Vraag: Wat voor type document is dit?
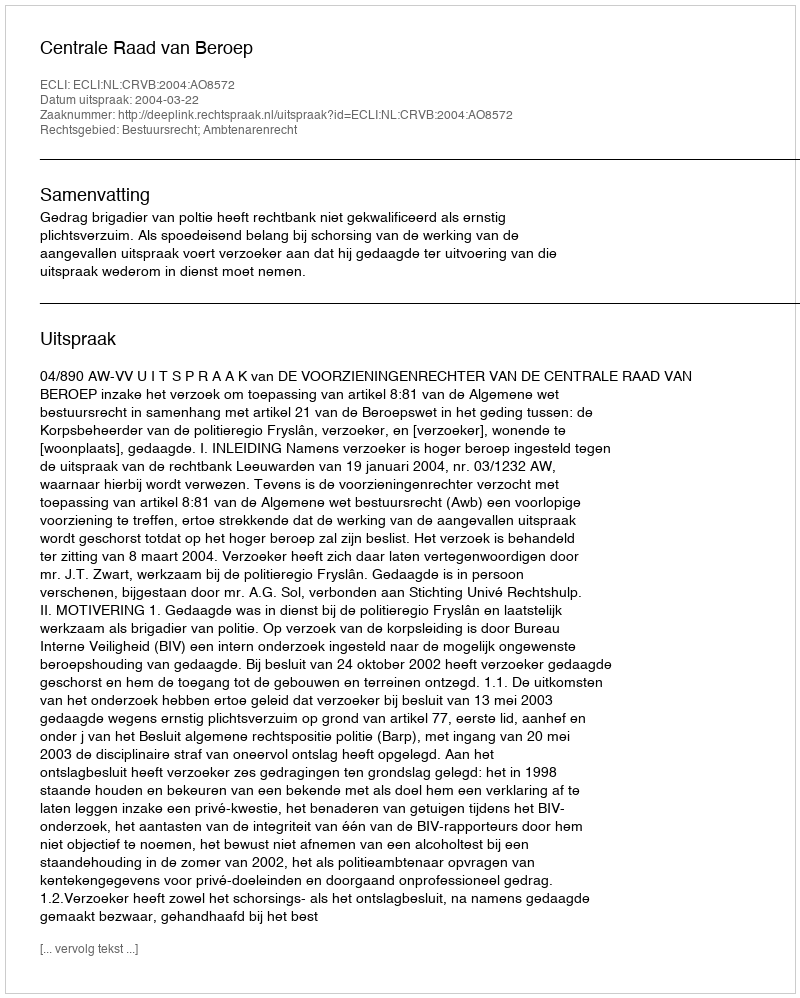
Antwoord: Uitspraak